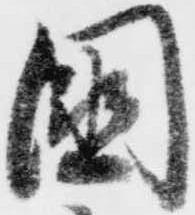
国